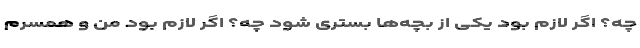
چه؟ اگر لازم بود یکی از بچه‌ها بستری شود چه؟ اگر لازم بود من و همسرم